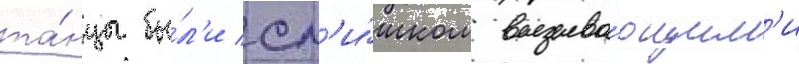
та́нцы бы́л'и сл'и́шком вызыва́ющим'и